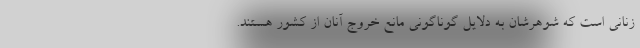
زنانی است که شوهرشان به دلایل گوناگونی مانع خروج آنان از کشور هستند.